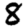
Digit: 8